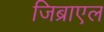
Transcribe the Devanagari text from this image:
जिब्राएल